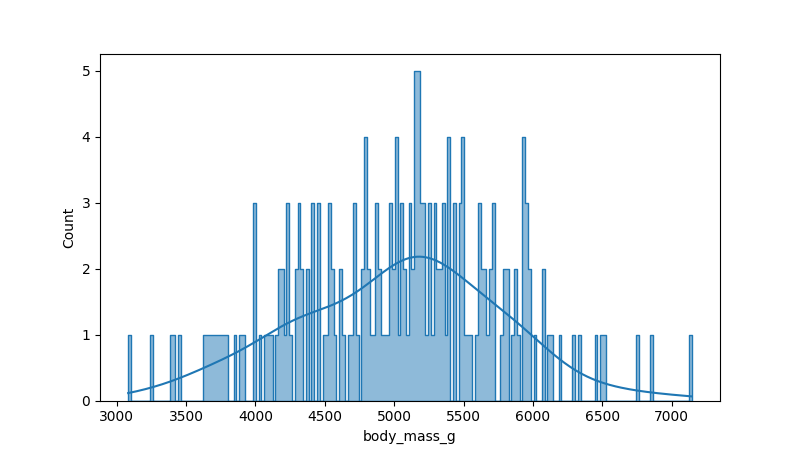
python, seaborn, histplot, hue='all', binwidth=20, bins='10', element='step'